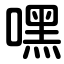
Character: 嘿